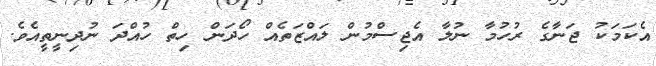
އެކަމަކު ޖަނާގެ ރުހުމާ ނުލާ އެޖިސްމުން ލައްޒަތެއް ހޯދަން ހިތް ހުއްދަ ނުދިނީތީއެވެ.